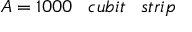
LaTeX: A = 1 0 0 0 \; \; \; c u b i t \; \; \; s t r i p